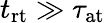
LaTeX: t_{\mathrm{rt}}\gg\tau_{\mathrm{at}}